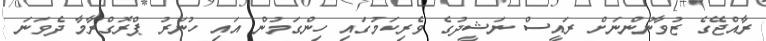
ރާއްޖޭގެ ޒުވާނުންނަށް ރައީސް ނަޝީދުގެ ވެރިކަމުގައި ހިންގަމުން އައި ހުނަރު ޕްރޮގްރާމާ ދެވަނަ